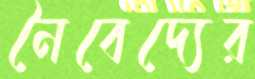
নৈবেদ্যের